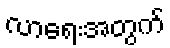
လာရေးအတွက်